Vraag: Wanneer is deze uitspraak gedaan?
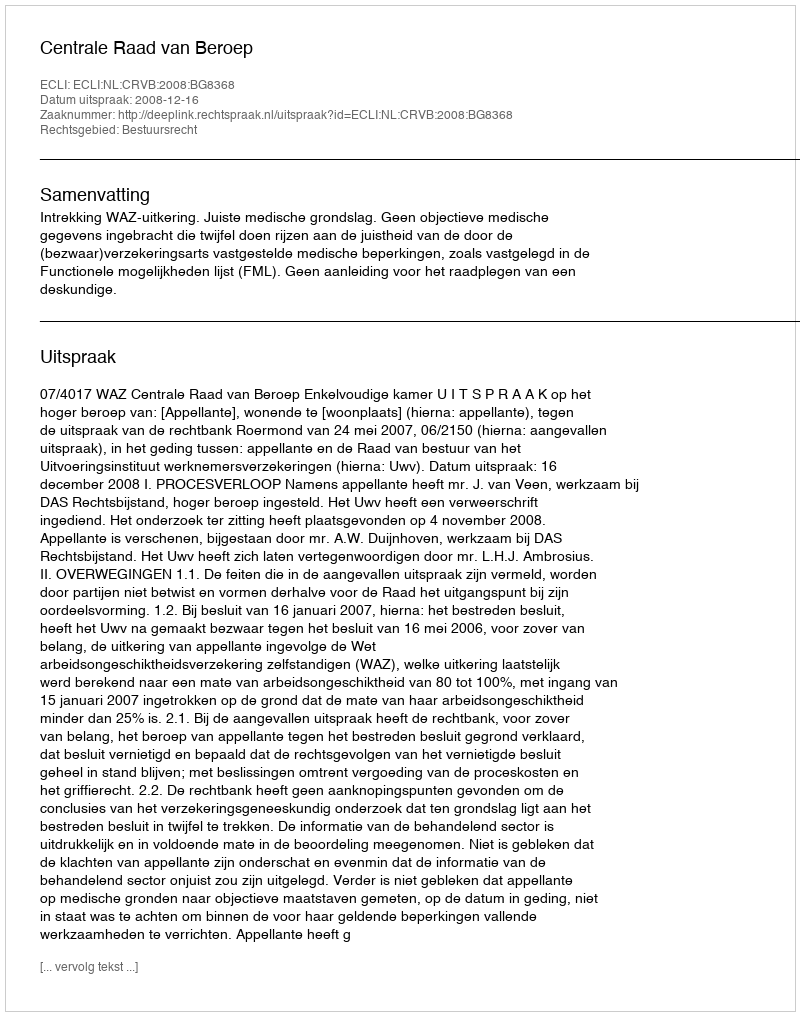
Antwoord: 2008-12-16